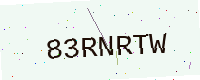
Text: 83RNRTW